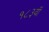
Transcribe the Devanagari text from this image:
१८३वॉ